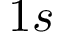
1 s